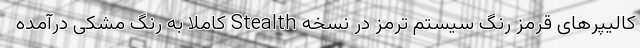
کالیپرهای قرمز رنگ سیستم ترمز در نسخه Stealth کاملا به رنگ مشکی درآمده